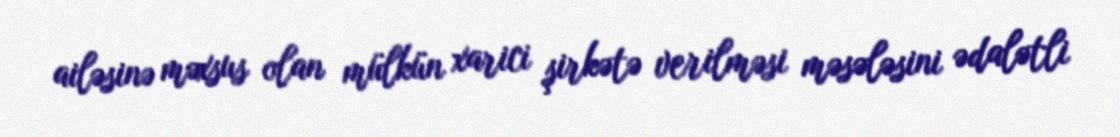
ailəsinə məxsus olan mülkün xarici şirkətə verilməsi məsələsini ədalətli